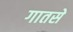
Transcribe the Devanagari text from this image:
गातसे